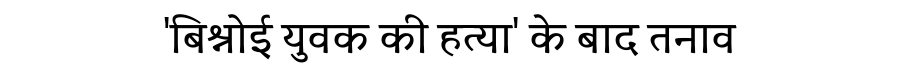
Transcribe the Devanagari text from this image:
'बिश्नोई युवक की हत्या' के बाद तनाव